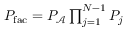
\begin{array} { r } { P _ { \mathrm { f a c } } = P _ { \mathcal { A } } \prod _ { j = 1 } ^ { N - 1 } P _ { j } } \end{array}